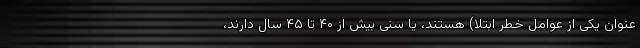
عنوان یکی از عوامل خطر ابتلا) هستند، یا سنی بیش از ۴۰ تا ۴۵ سال دارند،